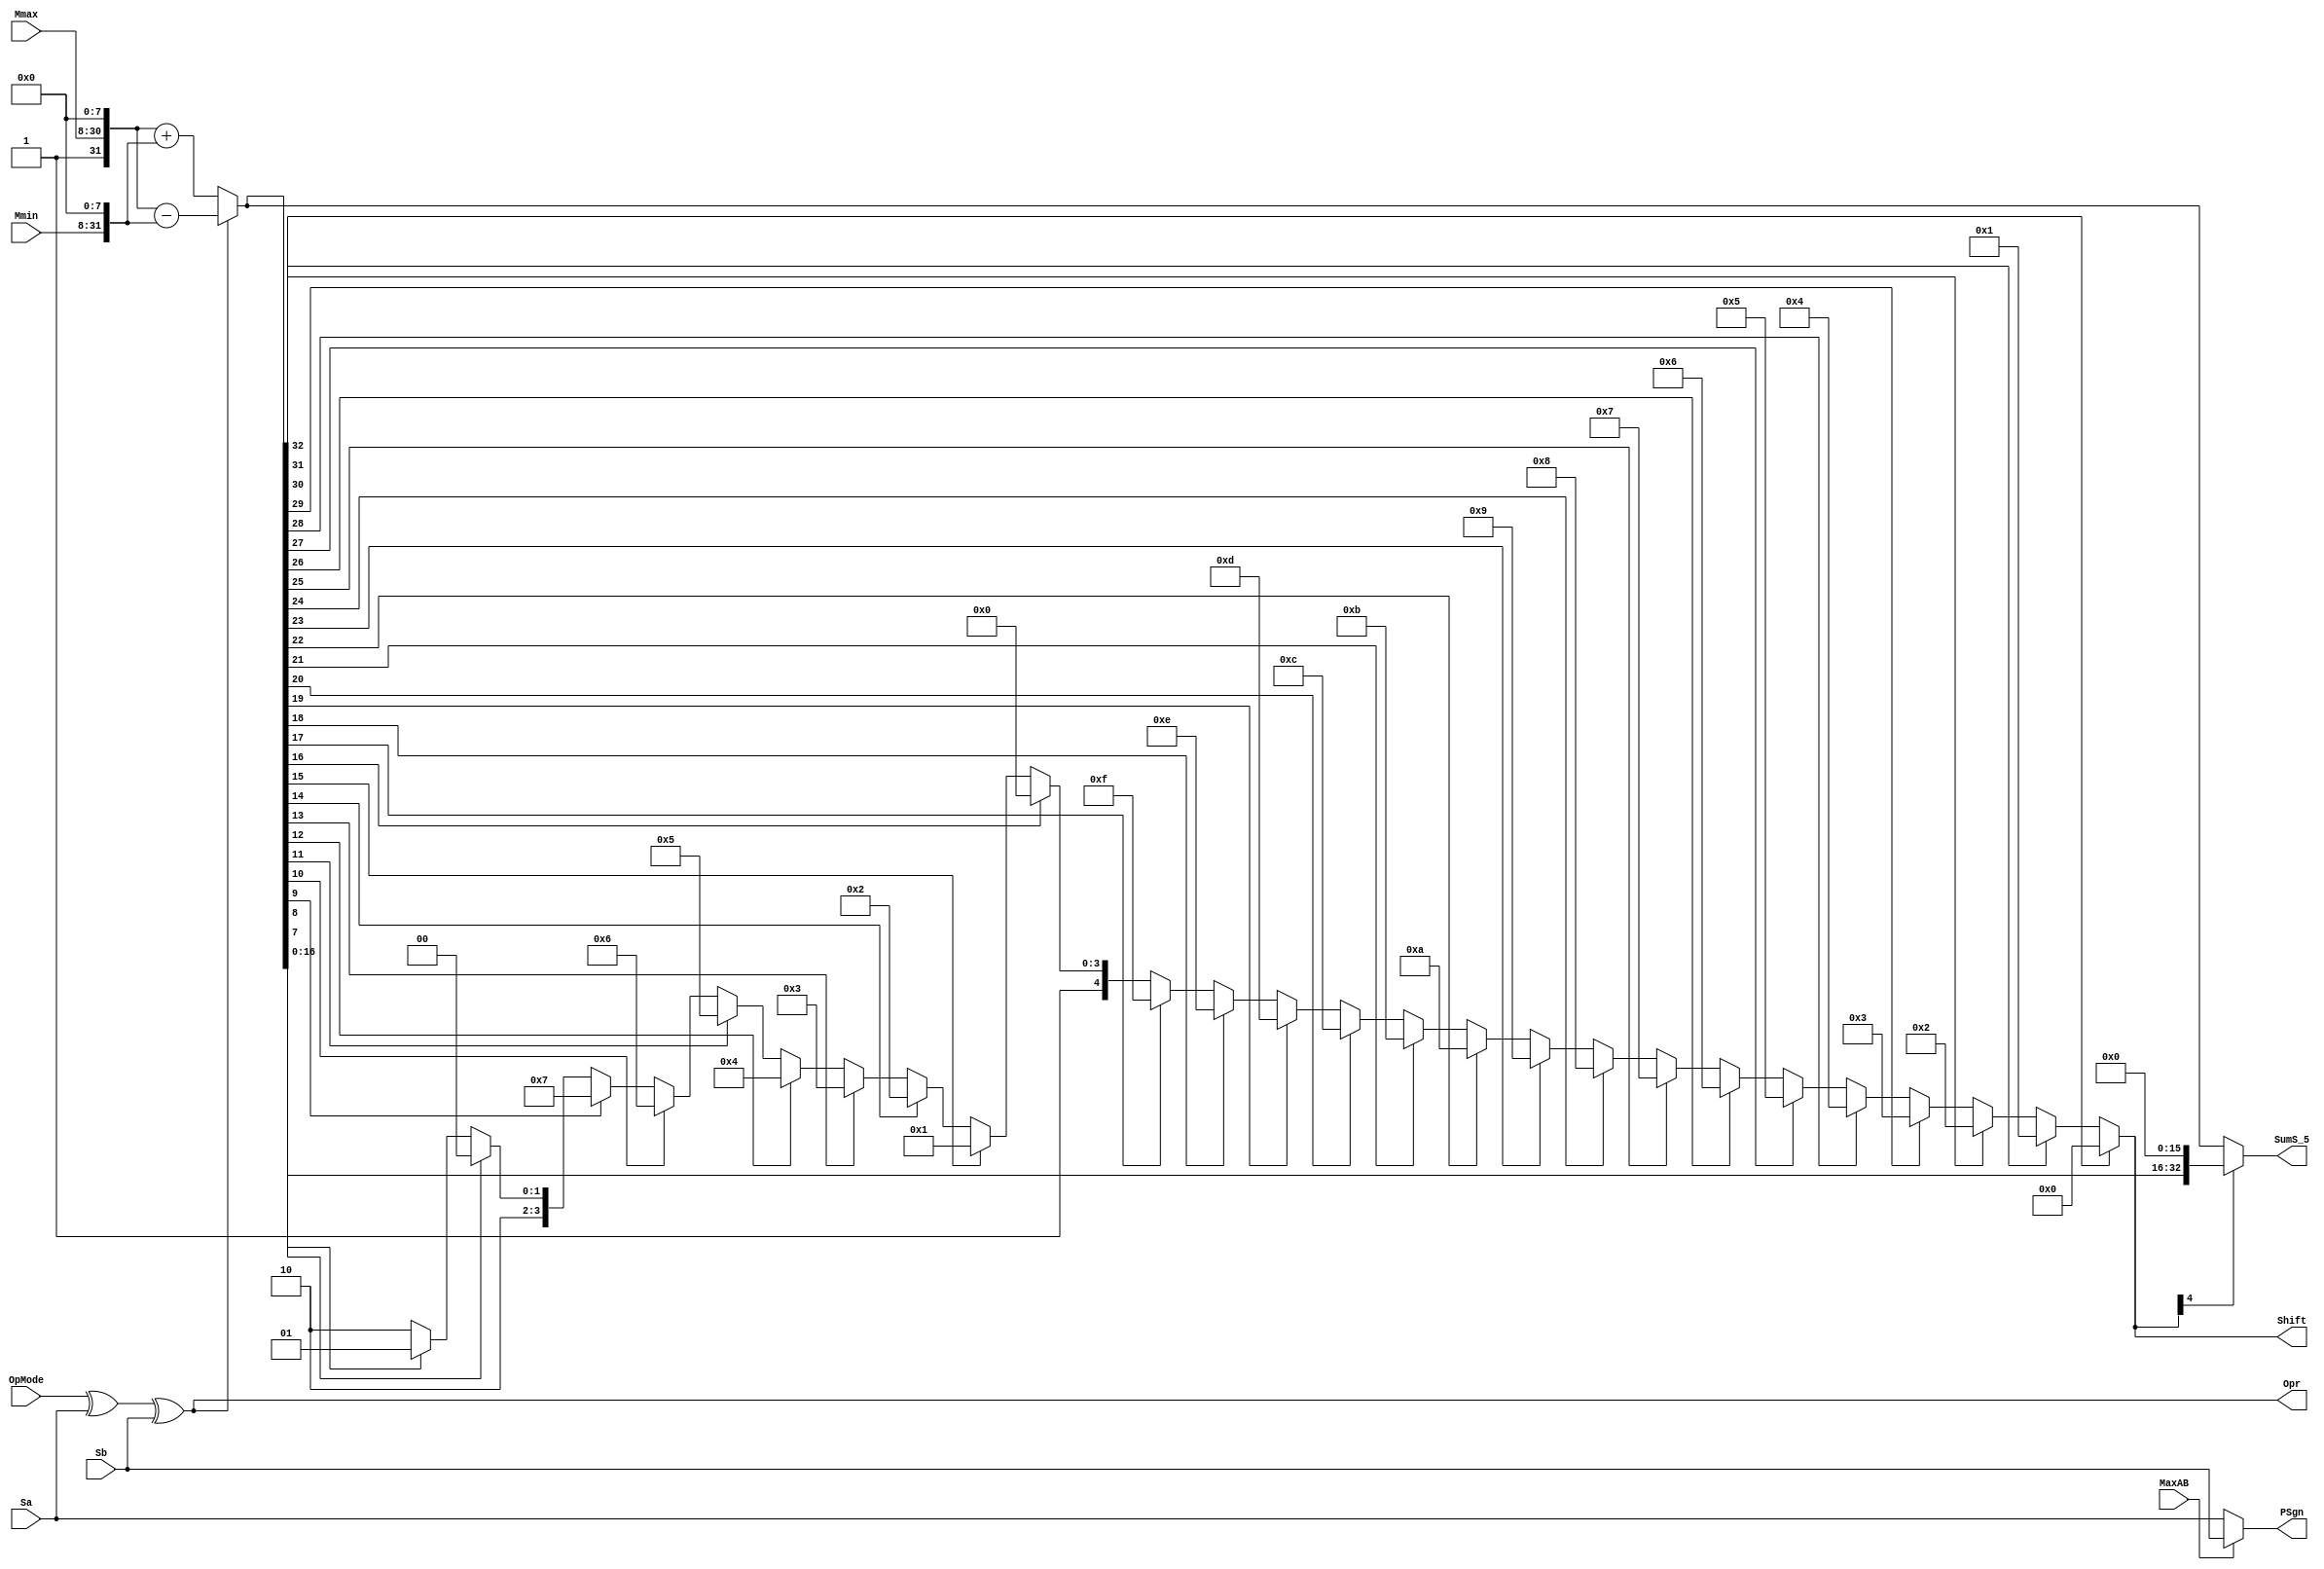
`timescale 1ns / 1ps

module FpAddSub_b(
		Mmax,
		Mmin,
		Sa,
		Sb,
		MaxAB,
		OpMode,
		SumS_5,
		Shift,
		PSgn,
		Opr
);
	input [22:0] Mmax ;					// The larger mantissa
	input [23:0] Mmin ;					// The smaller mantissa
	input Sa ;								// Sign bit of larger number
	input Sb ;								// Sign bit of smaller number
	input MaxAB ;							// Indicates the larger number (0/A, 1/B)
	input OpMode ;							// Operation to be performed (0/Add, 1/Sub)
	
	// Output ports
	wire [32:0] Sum ;	
						// Output ports
	output [32:0] SumS_5 ;					// Mantissa after 16|0 shift
	output [4:0] Shift ;					// Shift amount				// The result of the operation
	output PSgn ;							// The sign for the result
	output Opr ;							// The effective (performed) operation

	assign Opr = (OpMode^Sa^Sb); 		// Resolve sign to determine operation

	// Perform effective operation
	assign Sum = (OpMode^Sa^Sb) ? ({1'b1, Mmax, 8'b00000000} - {Mmin, 8'b00000000}) : ({1'b1, Mmax, 8'b00000000} + {Mmin, 8'b00000000}) ;
	
	// Assign result sign
	assign PSgn = (MaxAB ? Sb : Sa) ;

/////////////////////////////////////////////////////////////////////////////////////////////////////////////////////////////////////////

		// Determine normalization shift amount by finding leading nought
	assign Shift =  ( 
		Sum[32] ? 5'b00000 :	 
		Sum[31] ? 5'b00001 : 
		Sum[30] ? 5'b00010 : 
		Sum[29] ? 5'b00011 : 
		Sum[28] ? 5'b00100 : 
		Sum[27] ? 5'b00101 : 
		Sum[26] ? 5'b00110 : 
		Sum[25] ? 5'b00111 :
		Sum[24] ? 5'b01000 :
		Sum[23] ? 5'b01001 :
		Sum[22] ? 5'b01010 :
		Sum[21] ? 5'b01011 :
		Sum[20] ? 5'b01100 :
		Sum[19] ? 5'b01101 :
		Sum[18] ? 5'b01110 :
		Sum[17] ? 5'b01111 :
		Sum[16] ? 5'b10000 :
		Sum[15] ? 5'b10001 :
		Sum[14] ? 5'b10010 :
		Sum[13] ? 5'b10011 :
		Sum[12] ? 5'b10100 :
		Sum[11] ? 5'b10101 :
		Sum[10] ? 5'b10110 :
		Sum[9] ? 5'b10111 :
		Sum[8] ? 5'b11000 :
		Sum[7] ? 5'b11001 : 5'b11010
	);
	
	reg	  [32:0]		Lvl1;
	
	always @(*) begin
		// Rotate by 16?
		Lvl1 <= Shift[4] ? {Sum[16:0], 16'b0000000000000000} : Sum; 
	end
	
	// Assign outputs
	assign SumS_5 = Lvl1;	

endmodule